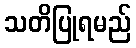
သတိပြုရမည်